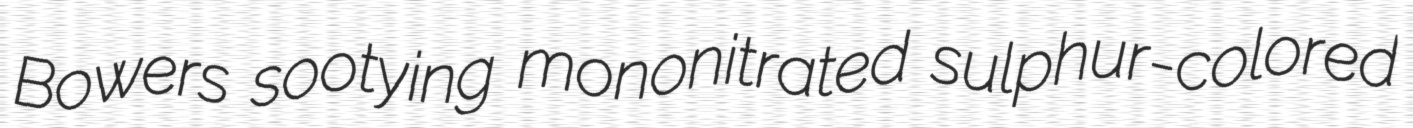
Bowers sootying mononitrated sulphur-colored